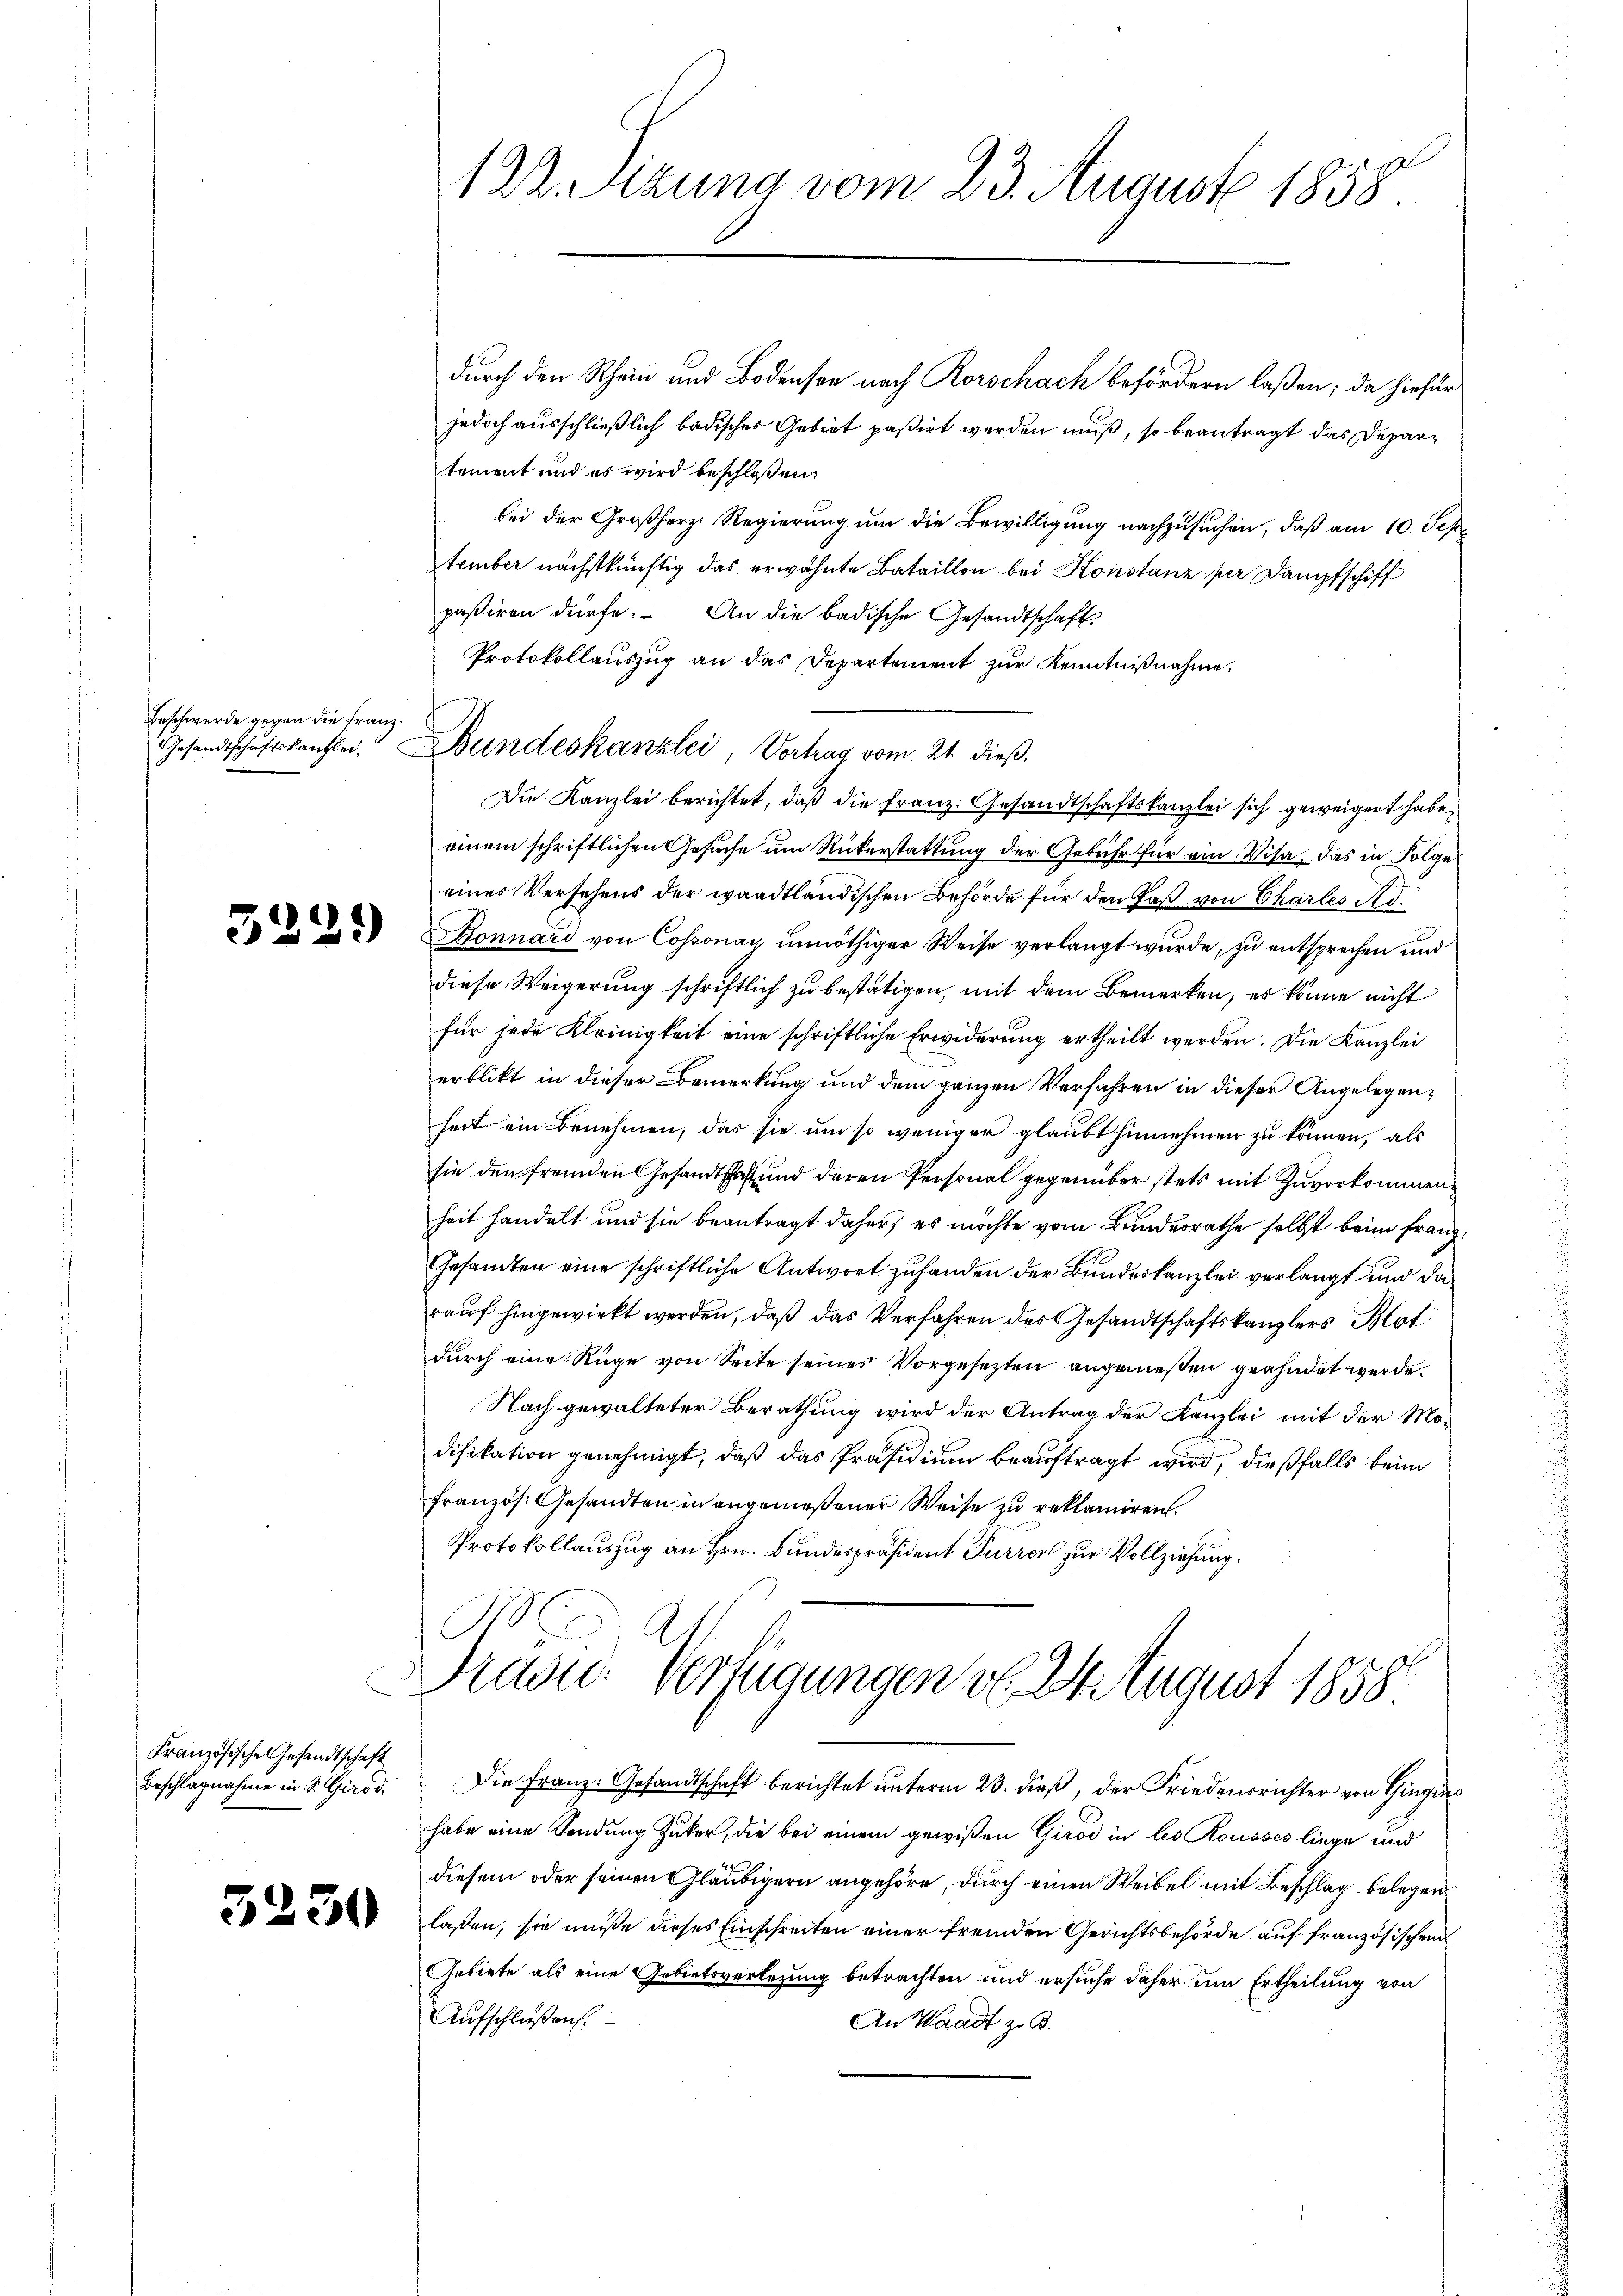
Beschwerde gegen die Franz¬

Französischen Gesandtschaft
Beschlagnahme in S. Girod.

3230

1 Dr. Sitzung vom 23. August 1858.

Gesandtschaftskanzlei. Bundeskanzlei, Vortrag vom 21. dieβ.

durch den Rhein und Bodensee nach Rorschach befördern laßen; da hiefür
jedoch ausschließlich badisches Gebiet paßirt werden muß, so beantragt das Departement und es wird beschloßen:
bei der Großherz Regierung um die Bewilligung nachzusuchen, daß am 10. Sep
tember nächstkünftig das erwähnte Bataillon bei Konstanz per Dampfschiff
paßiren dürfe. An die badische Gesandtschaft.
Protokollauszug an das Departement zur Kenntnißnahme.
Die Kanzlei berichtet, daß die Franz. Gesandtschaftskanzlei sich geweigert habe,
einem schriftlichen Gesuche um Rükerstattung der Gebühr für ein Visa, das in Folge
einer Versehens der waadtländischen Behörde für den Paß von Chartes Ad
 Bonnard von Cossonay unnöthiger Weise verlangt wurde, zu entsprechen und
diese Weigerung schriftlich zu bestätigen, mit dem Bemerken, es könne nicht
für jede Kleinigkeit eine schriftliche Erwiderung ertheilt werden. Die Kanzlei
erblickt in dieser Bemerkung und dem ganzen Verfahren in dieser Angelegenheit ein Benehmen, das sie um so weniger glaubt hinnehmen zu können, als
sie den fremden Gesandtschaft und deren Personal gegenüber stets mit Zuvorkommen
heit handelt und sie beantragt daher, es möchte vom Bundesrathe selbst beim Franz¬
Gesandten eine schriftliche Antwort zuhanden der Bundeskanzlei verlangt und darauf hingewirkt werden, daß das Verfahren des Gesandtschaftskanzlers Blat
durch eine Rüge von Seite seines Vorgesezten angemeßen geahndet werde.
Nach gewalteter Berathung wird der Antrag der Kanzlei mit der Mo-
difikation genehmigt, daß das Präsidium beauftragt wird, dießfalls beim
französ. Gesandten in angemeßener Weise zu reklamiren.
Protokollauszug an Hrn. Bundespräsident Furrer zur Vollziehung.

Drazu: Portigungen v. 24 August 1858
Die Franz: Gesandtschaft berichtet unterm 23. dieß, der Friedensrichter von Gingis

habe eine Sendung Zucker, die bei einem gewißen Girod in les Rousses liege und
diesem oder seinen Gläubigern angehöre, durch einen Weibel mit Beschlag belegen
laßen, sie müße dieses Einschreiten einer fremden Gerichtsbehörde auf französischen
Gebiete als eine Gebietsverlegung betrachten und ersuche daher um Ertheilung von
Aufschlüßen.
An Waadt z. B.